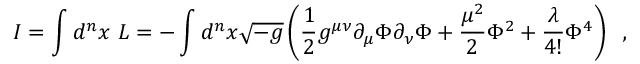
I = \int d ^ { n } x ~ { \cal L } = - \int d ^ { n } x \sqrt { - g } \left( \frac { 1 } { 2 } g ^ { \mu \nu } \partial _ { \mu } \Phi \partial _ { \nu } \Phi + \frac { \mu ^ { 2 } } { 2 } \Phi ^ { 2 } + \frac { \lambda } { 4 ! } \Phi ^ { 4 } \right) \; \; ,